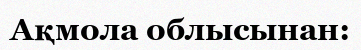
Ақмола облысынан: